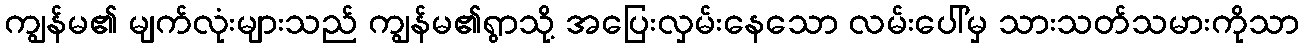
ကျွန်မ၏ မျက်လုံးများသည် ကျွန်မ၏ရွာသို့ အပြေးလှမ်းနေသော လမ်းပေါ်မှ သားသတ်သမားကိုသာ